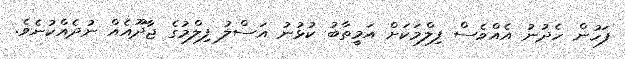
ފަހުން ހެދުނު އެއްވެސް ފިލްމަކަށް އަމީތާބު ކުޅުނު އަސްލު ފިލްމުގެ ޖާދޫއެއް ނުދެއްކުނެވެ.